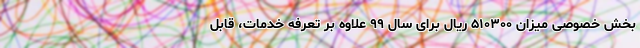
بخش خصوصی میزان ۵۱۰۳۰۰ ریال برای سال ۹۹ علاوه بر تعرفه خدمات، قابل